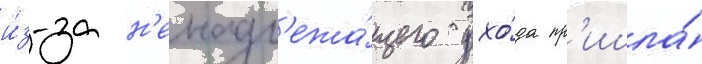
и́з-за н'енадл'ежа́щего ухо́да пр'ишла́